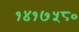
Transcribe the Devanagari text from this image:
१४१७५८०